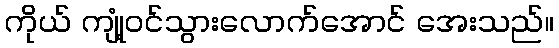
ကိုယ် ကျုံ့ဝင်သွားလောက်အောင် အေးသည်။